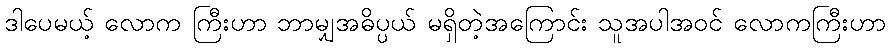
ဒါပေမယ့် လောက ကြီးဟာ ဘာမျှအဓိပ္ပယ် မရှိတဲ့အကြောင်း သူအပါအဝင် လောကကြီးဟာ